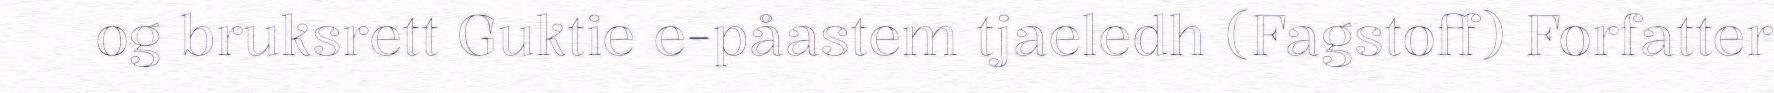
og bruksrett Guktie e-påastem tjaeledh (Fagstoff) Forfatter